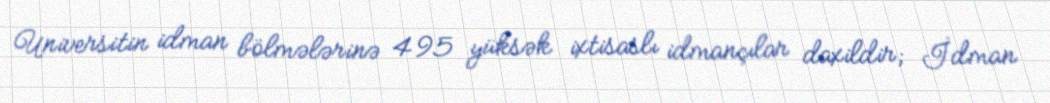
Universitin idman bölmələrinə 495 yüksək ixtisaslı idmançılar daxildir; İdman